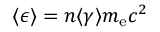
\langle \epsilon \rangle = n \langle \gamma \rangle m _ { \mathrm { e } } c ^ { 2 }